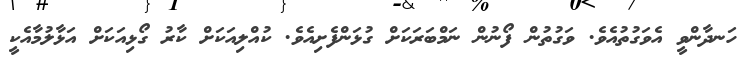
ހަނދާންވީ އެވަގުތުއެވެ. ވަގުތުން ފޯނުން ނަމްބަރަކަށް ގުޅަންފެށިއެވެ. ކުއްލިއަކަށް ކާރު ގޯޅިއަކަށް އަޅާލުމާއެކީ